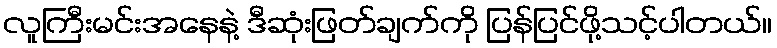
လူကြီးမင်းအနေနဲ့ ဒီဆုံးဖြတ်ချက်ကို ပြန်ပြင်ဖို့သင့်ပါတယ်။